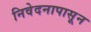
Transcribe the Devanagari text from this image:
निवेदनापासून